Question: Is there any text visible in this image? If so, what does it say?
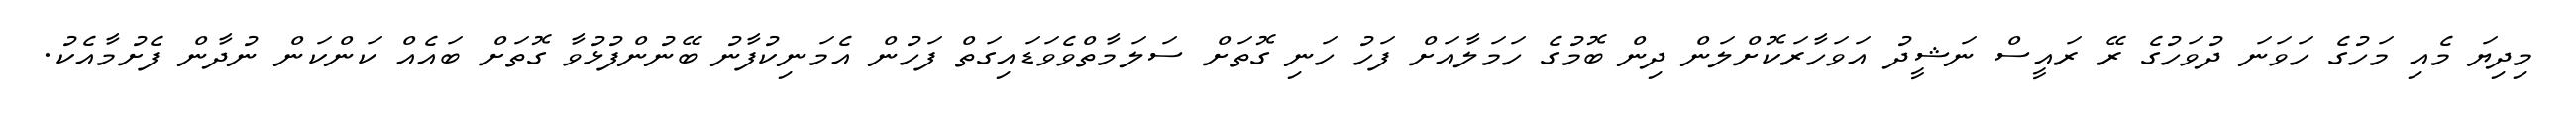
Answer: މިދިޔަ މެއި މަހުގެ ހަވަނަ ދުވަހުގެ ރޭ ރައީސް ނަޝީދު އަވަހާރަކޮށްލަން ދިން ބޮމުގެ ހަމަލާއަށް ފަހު ހަނި ގޮތަށް ސަލަމާތްވެވަޑައިގަތް ފަހުން އެމަނިކުފާނު ބޭނުންފުޅުވާ ގޮތަށް ބައެއް ކަންކަން ނުދާން ފެށުމާއެކު.